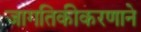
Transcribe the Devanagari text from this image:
जागतिकीकरणाने